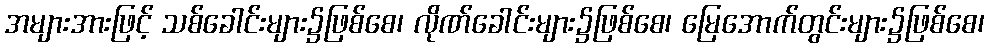
အများအားဖြင့် သစ်ခေါင်းများ၌ဖြစ်စေ၊ လိုဏ်ခေါင်းများ၌ဖြစ်စေ၊ မြေအောက်တွင်းများ၌ဖြစ်စေ၊